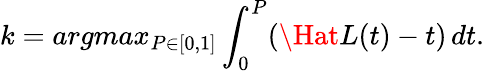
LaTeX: k=argmax_{P\in[0,1]}\int_{0}^{P}(\Hat{L}(t)-t)\, dt.